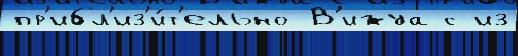
пр'ибл'из'и́т'ельно В'ижуа с из